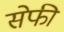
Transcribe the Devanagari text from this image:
सेफी